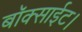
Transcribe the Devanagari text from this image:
बॉक्साईट।